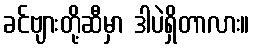
ခင်ဗျားတို့ဆီမှာ ဒါပဲရှိတာလား။